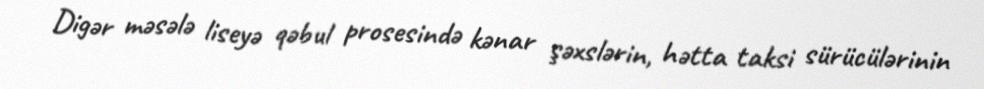
Digər məsələ liseyə qəbul prosesində kənar şəxslərin, hətta taksi sürücülərinin